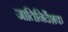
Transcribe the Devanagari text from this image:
जातिनिर्देशक